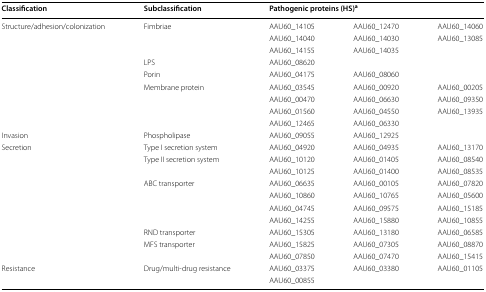
<table><thead><tr><td><b>Classification</b></td><td><b>Subclassification</b></td><td colspan="3"><b>Pathogenic proteins (HS)<sup>a</sup></b></td></tr></thead><tbody><tr><td rowspan="9">Structure/adhesion/colonization</td><td rowspan="3">Fimbriae</td><td>AAU60_14105</td><td>AAU60_12470</td><td>AAU60_14060</td></tr><tr><td>AAU60_14040</td><td>AAU60_14030</td><td>AAU60_13085</td></tr><tr><td>AAU60_14155</td><td>AAU60_14035</td><td></td></tr><tr><td>LPS</td><td>AAU60_08620</td><td></td><td></td></tr><tr><td>Porin</td><td>AAU60_04175</td><td>AAU60_08060</td><td></td></tr><tr><td rowspan="4">Membrane protein</td><td>AAU60_03545</td><td>AAU60_00920</td><td>AAU60_00205</td></tr><tr><td>AAU60_00470</td><td>AAU60_06630</td><td>AAU60_09350</td></tr><tr><td>AAU60_01560</td><td>AAU60_04550</td><td>AAU60_13935</td></tr><tr><td>AAU60_12465</td><td>AAU60_06330</td><td></td></tr><tr><td>Invasion</td><td>Phospholipase</td><td>AAU60_09055</td><td>AAU60_12925</td><td></td></tr><tr><td rowspan="10">Secretion</td><td>Type I secretion system</td><td>AAU60_04920</td><td>AAU60_04935</td><td>AAU60_13170</td></tr><tr><td rowspan="2">Type II secretion system</td><td>AAU60_10120</td><td>AAU60_01405</td><td>AAU60_08540</td></tr><tr><td>AAU60_10125</td><td>AAU60_01400</td><td>AAU60_08535</td></tr><tr><td rowspan="4">ABC transporter</td><td>AAU60_06635</td><td>AAU60_00105</td><td>AAU60_07820</td></tr><tr><td>AAU60_10860</td><td>AAU60_10765</td><td>AAU60_05600</td></tr><tr><td>AAU60_04745</td><td>AAU60_09575</td><td>AAU60_15185</td></tr><tr><td>AAU60_14255</td><td>AAU60_15880</td><td>AAU60_10855</td></tr><tr><td>RND transporter</td><td>AAU60_15305</td><td>AAU60_13180</td><td>AAU60_06585</td></tr><tr><td rowspan="2">MFS transporter</td><td>AAU60_15825</td><td>AAU60_07305</td><td>AAU60_08870</td></tr><tr><td>AAU60_07850</td><td>AAU60_07470</td><td>AAU60_15415</td></tr><tr><td rowspan="2">Resistance</td><td rowspan="2">Drug/multi-drug resistance</td><td>AAU60_03375</td><td>AAU60_03380</td><td>AAU60_01105</td></tr><tr><td>AAU60_00855</td><td></td><td></td></tr></tbody></table>